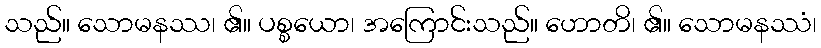
သည်။ သောမနဿ၊ ၏။ ပစ္စယော၊ အကြောင်းသည်။ ဟောတိ၊ ၏။ သောမနဿံ၊